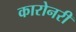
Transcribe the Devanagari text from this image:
कारोनरी